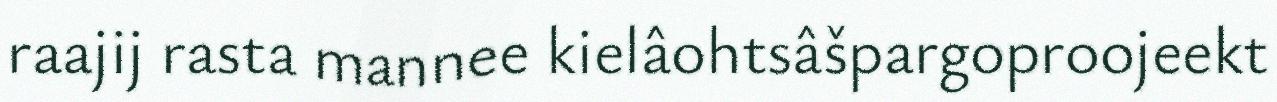
raajij rasta mannee kielâohtsâšpargoproojeekt